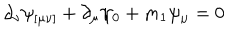
\partial _ { \nu } \psi _ { [ \mu \nu ] } + \partial _ { \mu } \psi _ { 0 } + m _ { 1 } \psi _ { \mu } = 0